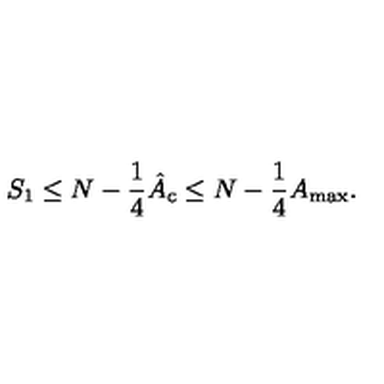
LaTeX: S _ { 1 } \leq N - \frac { 1 } { 4 } \hat { A } _ { \mathrm { c } } \leq N - \frac { 1 } { 4 } A _ { \mathrm { m a x } } .